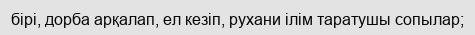
бірі, дорба арқалап, ел кезіп, рухани ілім таратушы сопылар;